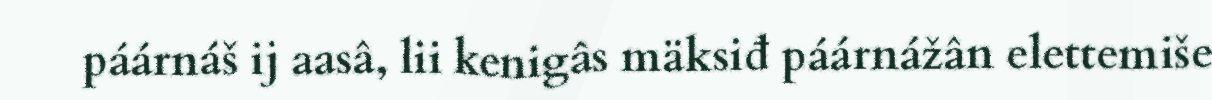
páárnáš ij aasâ, lii kenigâs mäksiđ páárnážân elettemiše